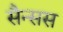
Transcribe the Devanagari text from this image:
सैन्सस